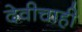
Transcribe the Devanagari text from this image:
देवीचाही